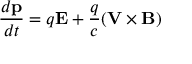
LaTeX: \frac { d { \bf p } } { d t } = q { \bf E } + \frac { q } { c } ( { \bf V } \times { \bf B } )